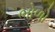
ભોળો